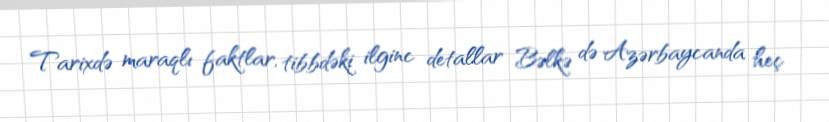
Tarixdə maraqlı faktlar, tibbdəki ilginc detallar Bəlkə də Azərbaycanda heç